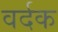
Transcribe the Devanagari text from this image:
वर्दक